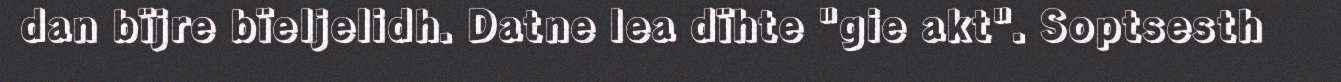
dan bïjre bïeljelidh. Datne lea dïhte "gie akt". Soptsesth